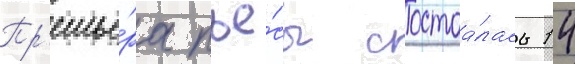
Пр'емье́ра пье́сы состоа́лась 14